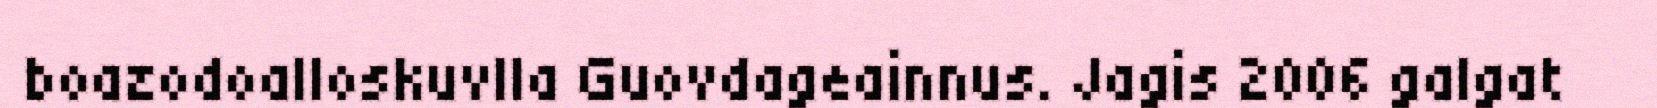
boazodoalloskuvlla Guovdageainnus. Jagis 2006 galgat